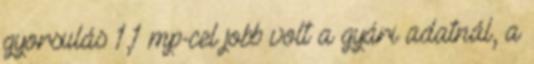
gyorsulás 1,1 mp-cel jobb volt a gyári adatnál, a